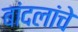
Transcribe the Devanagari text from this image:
बांदलांचे